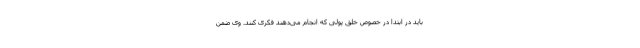
باید در ابتدا در خصوص خلق پولی که انجام می‌دهند فکری کنند. وی ضمن